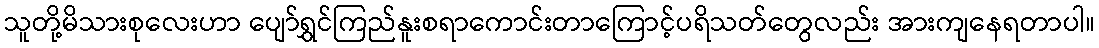
သူတို့မိသားစုလေးဟာ ပျော်ရွှင်ကြည်နူးစရာကောင်းတာကြောင့်ပရိသတ်တွေလည်း အားကျနေရတာပါ။